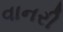
વાનરી